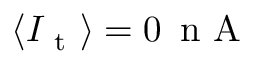
\langle I _ { \mathrm { ~ t ~ } } \rangle = 0 \, \mathrm { ~ n ~ A ~ }